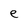
Character: e